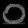
Digit: ၀